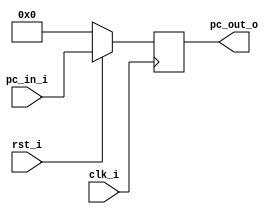
module ProgramCounter(
    clk_i,
    rst_i,
    pc_in_i,
    pc_out_o
    );

//I/O ports
input           clk_i;
input	        rst_i;
input  [32-1:0] pc_in_i;
output [32-1:0] pc_out_o;

//Internal Signals
reg    [32-1:0] pc_out_o;


//Main function
always @(posedge clk_i) begin
    if(~rst_i)
        pc_out_o <= 0;
    else
        pc_out_o <= pc_in_i;
end

endmodule